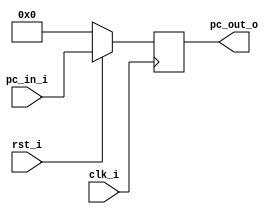
module ProgramCounter(
    clk_i,
    rst_i,
    pc_in_i,
    pc_out_o
    );

//I/O ports
input           clk_i;
input	        rst_i;
input  [32-1:0] pc_in_i;
output [32-1:0] pc_out_o;

//Internal Signals
reg    [32-1:0] pc_out_o;


//Main function
always @(posedge clk_i) begin
    if(~rst_i)
        pc_out_o <= 0;
    else
        pc_out_o <= pc_in_i;
end

endmodule